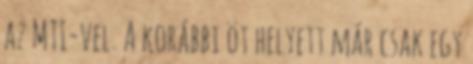
az MTI-vel. A korábbi öt helyett már csak egy